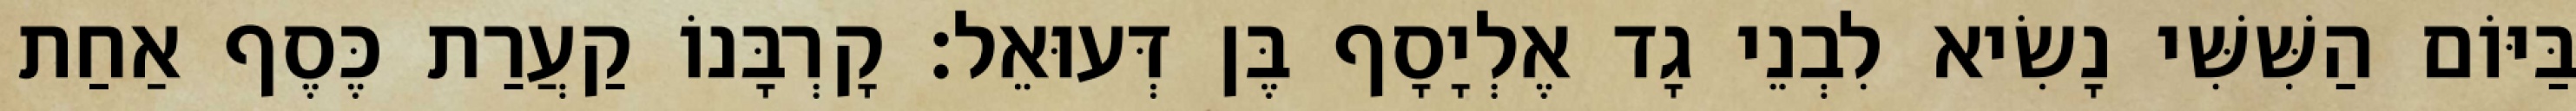
בַּיּוֹם הַשִּׁשִּׁי נָשִׂיא לִבְנֵי גָד אֶלְיָסָף בֶּן דְּעוּאֵל׃ קָרְבָּנוֹ קַעֲרַת כֶּסֶף אַחַת